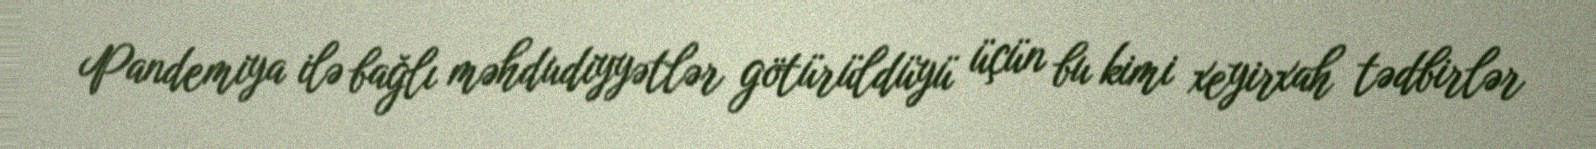
Pandemiya ilə bağlı məhdudiyyətlər götürüldüyü üçün bu kimi xeyirxah tədbirlər